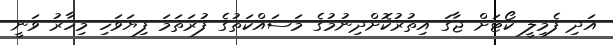
އަދި ފެމިލީ ކޯޓަށް ޖާގަ އިތުރުކޮށްދިނުމުގެ މަސައްކަތުގެ ފުރަތަމަ ފިޔަވަހި މިހާރު ވަނީ